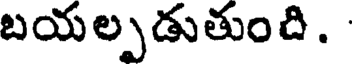
బయల్పడుతుంది.